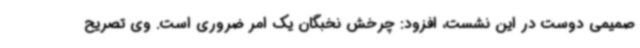
صمیمی دوست در این نشست، افزود: چرخش نخبگان یک امر ضروری است. وی تصریح